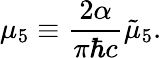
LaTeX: \mu_{5}\equiv\frac{2\alpha}{\pi\hbar c}\tilde{\mu}_{5}.